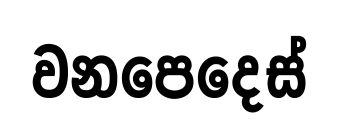
වනපෙදෙස්